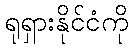
ရုရှားနိုင်ငံကို